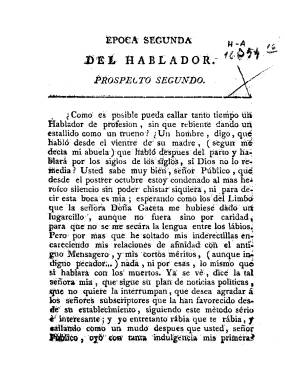
Título: El Hablador (Habana)
Colección: Periódicos anteriores a 1850
Ámbito geográfico: Cuba
Lugar de publicación: La Habana
Fechas: 16/02/1812-16/02/1812

Prospecto de la segunda época, con signatura HA/16354(16). Falta digitalizar los ejemplares de 1811 de la colección con signatura HN/50270(5).